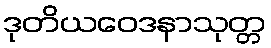
ဒုတိယဝေဒနာသုတ္တ